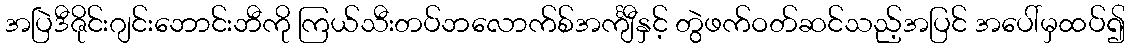
အပြဲဒီဇိုင်းဂျင်းဘောင်းဘီကို ကြယ်သီးတပ်ဘလောက်စ်အင်္ကျီနှင့် တွဲဖက်ဝတ်ဆင်သည့်အပြင် အပေါ်မှထပ်၍